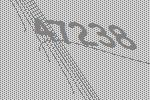
47238